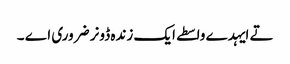
تے ایہدے واسطے ایک زندہ ڈونر ضروری اے ۔